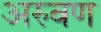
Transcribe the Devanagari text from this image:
अरुवण